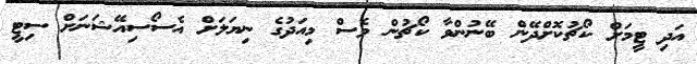
އަދި ޓީމަށް ކޯޗުކޮށްދޭން ބޭނުންވާ ކޯޗުން ވެސް މިއަދުގެ ނިޔަލަށް އެސޯސިއޭޝަނަށް ސިޓީ